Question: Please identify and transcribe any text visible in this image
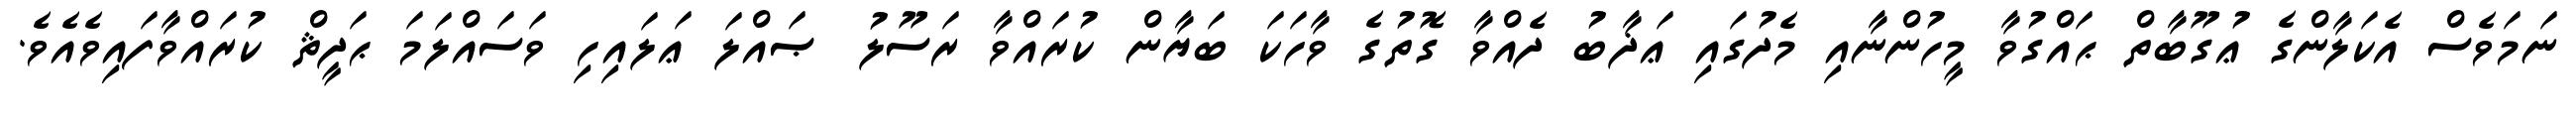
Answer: ނަމަވެސް އެކަލާންގެ ޢުގޫބާތް ޙައްގުވާ މީހުންނާއި މެދުގައި ޢަޛާބު ދެއްވާ ގޮތުގެ ވާހަކަ ބަޔާން ކުރައްވާ ރަސޫލު ޞައްލަ ޢަލައިހި ވަސައްލަމަ ޙަދީޘް ކުރައްވާފައިވެއެވެ.